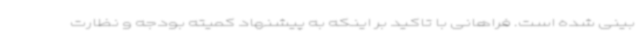
بینی شده است. فراهانی با تاکید بر اینکه به پیشنهاد کمیته بودجه و نظارت